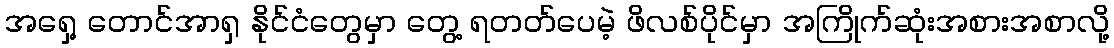
အရှေ့ တောင်အာရှ နိုင်ငံတွေမှာ တွေ့ ရတတ်ပေမဲ့ ဖိလစ်ပိုင်မှာ အကြိုက်ဆုံးအစားအစာလို့